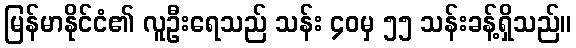
မြန်မာနိုင်ငံ၏ လူဦးရေသည် သန်း ၄၀မှ ၅၅ သန်းခန့်ရှိသည်။